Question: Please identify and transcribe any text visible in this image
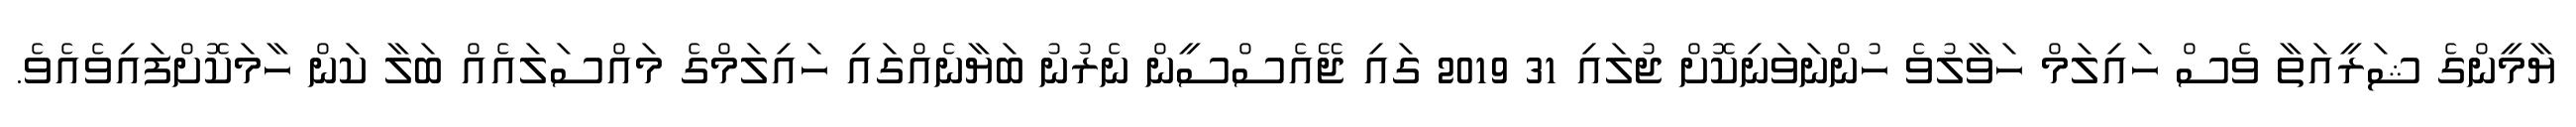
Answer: ޔާމީންގެ ޝަރީއަތާ ވެސް ހައިލަމް ހަވާލުވެ ހުންނަވަނިކޮށް ޖުލައި 31 2019 ގައި ޖޭއެސްސީން ނެރުނު ބަޔާނެއްގައި ހައިލަމްގެ މައްސަލައެއް ބަލާ ކަން ހާމަކޮށްފައިވެއެވެ.